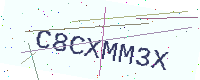
Text: C8CXMM3X